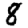
Digit: 8